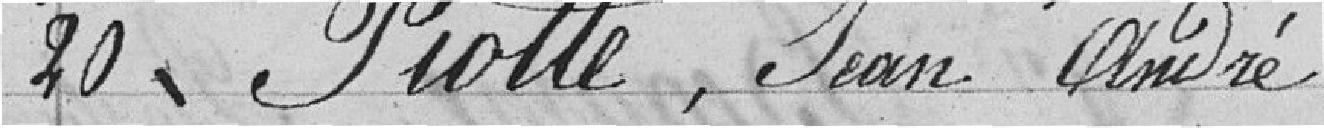
20 Piolle, Jean André